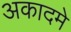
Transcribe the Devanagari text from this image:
अकादमे